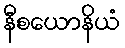
နီစယောနိယံ